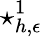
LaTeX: \star_{h,\epsilon}^{1}